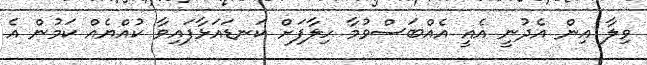
ވިލާ އިން އެދުނީ އެއީ އެއްބަސްވުމާ ހިލާފަށް ކަނޑައަޅާފައިވާ ކުއްޔެއް ކަމުން އެ